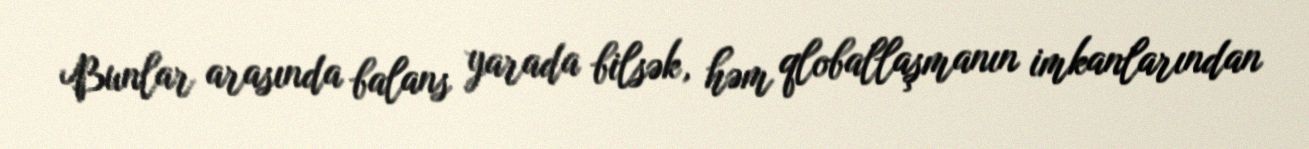
Bunlar arasında balans yarada bilsək, həm qloballaşmanın imkanlarından